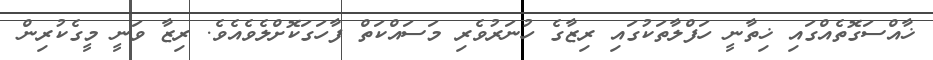
ޚާއްސަގޮތެއްގައި ޚިތާނީ ހަފްލާތަކުގައި ރިޒާގެ ހުނަރުވެރި މަސައްކަތް ފާހަގަކޮށްލެވެއެވެ. ރިޒާ ވަނީ މީގެކުރިން